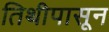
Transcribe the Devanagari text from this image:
तिथीपासून